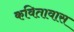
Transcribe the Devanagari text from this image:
कवितावास